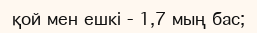
қой мен ешкі - 1,7 мың бас;